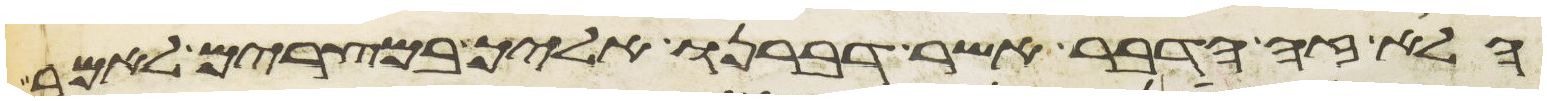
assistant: הלוא זה הדבר אשר דברנו אליך במצרים לאמר